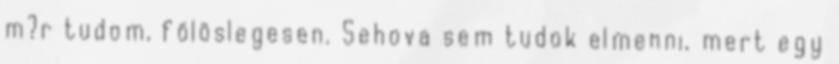
m?r tudom, fölöslegesen. Sehova sem tudok elmenni, mert egy